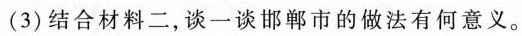
(3)结合材料二，谈一谈邯郸市的做法有何意义。